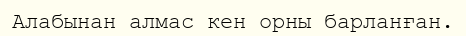
Алабынан алмас кен орны барланған.